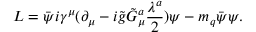
{ \cal L } = \bar { \psi } i \gamma ^ { \mu } ( \partial _ { \mu } - i \tilde { g } \tilde { G } _ { \mu } ^ { a } \frac { \lambda ^ { a } } { 2 } ) \psi - m _ { q } \bar { \psi } \psi .